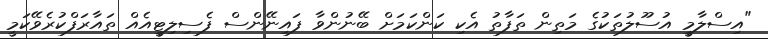
"އިސްލާމީ އުސޫލުތަކުގެ މަތިން ތަފާތު އެކި ކަންކަމަށް ބޭނުންވާ ފައިނޭންސް ފެސިލިޓީއެއް ތައާރަފްކުރެވޭކަމީ